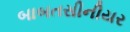
બાબતસીનીયર